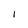
Character: l